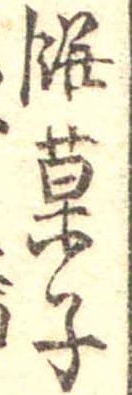
餅菓子